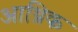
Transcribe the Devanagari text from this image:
आथ्रिक